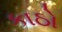
કાઠો